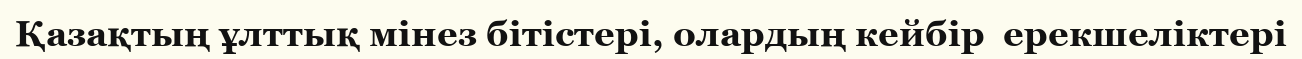
Қазақтың ұлттық мінез бітістері, олардың кейбір  ерекшеліктері